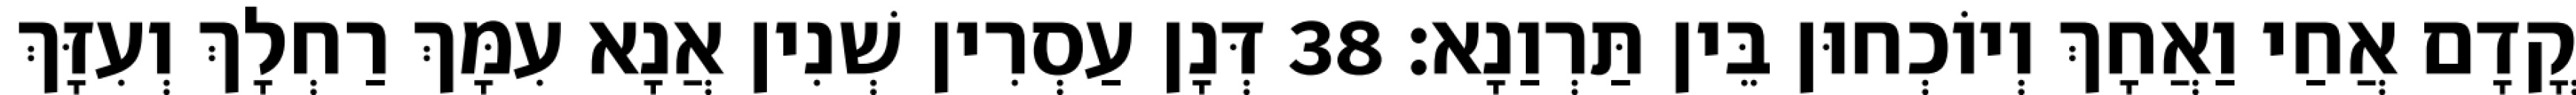
קֳדָם אֲחַי וַאֲחָךְ וְיוֹכְחוּן בֵּין תַּרְוַנָא׃ 38 דְּנָן עַסְרִין שְׁנִין אֲנָא עִמָּךְ רַחְלָךְ וְעִזָּךְ